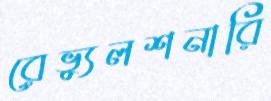
রেভ্যুলশনারি